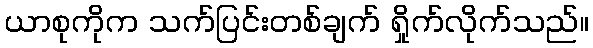
ယာစုကိုက သက်ပြင်းတစ်ချက် ရှိုက်လိုက်သည်။